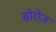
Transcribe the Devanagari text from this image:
सोरोज